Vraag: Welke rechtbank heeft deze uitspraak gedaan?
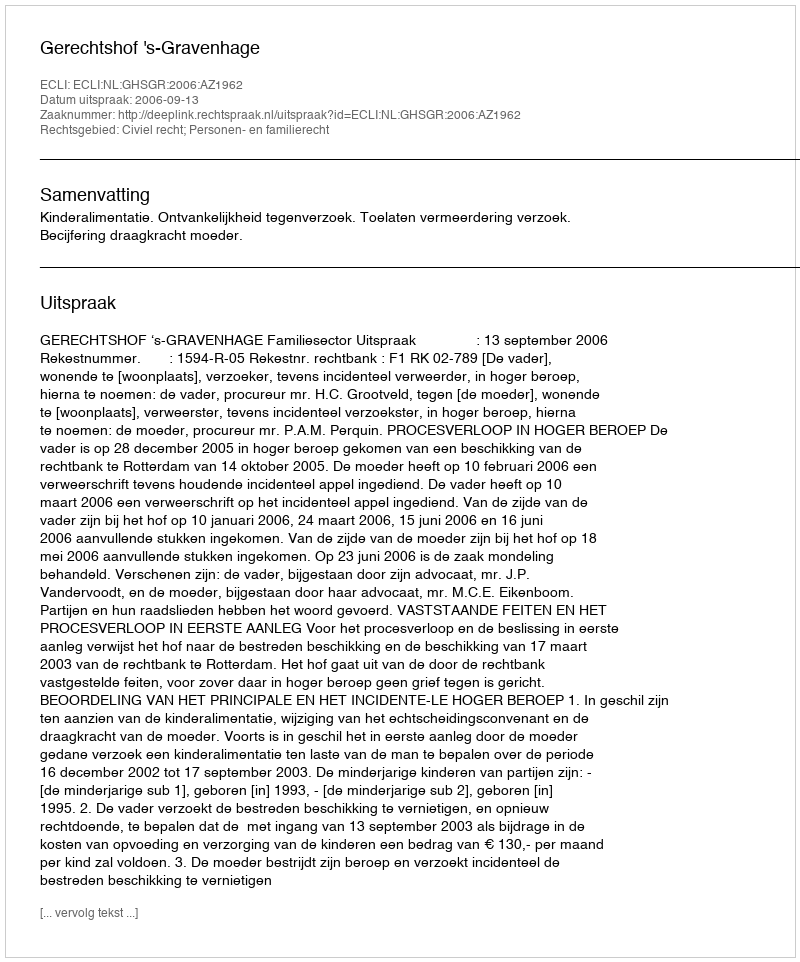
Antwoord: Gerechtshof 's-Gravenhage